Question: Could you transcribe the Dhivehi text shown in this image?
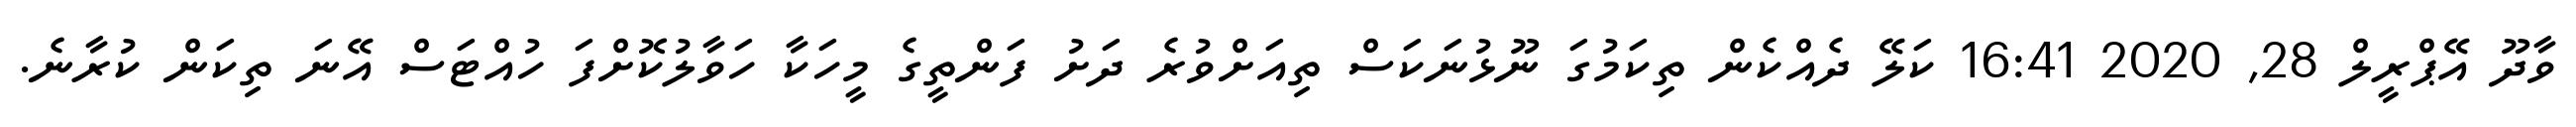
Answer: ވާދޫ އޭޕްރީލް 28, 2020 16:41 ކަލޭ ދެއްކެން ތިކަމުގަ ނޫޅުނަކަސް ތިއަށްވުރެ ދަށު ފަންތީގެ މީހަކާ ހަވާލުކޮށްފަ ހުއްޓަސް އޭނަ ތިކަން ކުރާނެ.